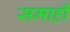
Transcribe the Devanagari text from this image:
समाही